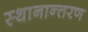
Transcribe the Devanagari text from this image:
स्‍थानान्‍तरण